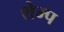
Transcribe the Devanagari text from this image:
शेम्प